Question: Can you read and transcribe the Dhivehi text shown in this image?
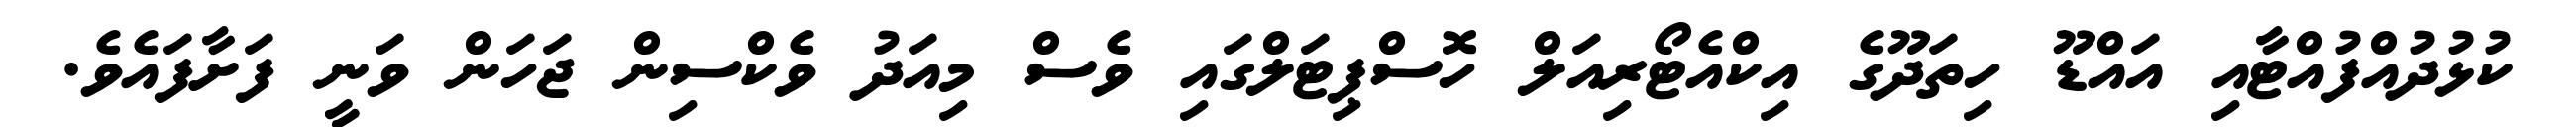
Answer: ކުޅުދުއްފުއްޓާއި އައްޑޫ ހިތަދޫގެ އިކްއެޓޯރިއަލް ހޮސްޕިޓަލްގައި ވެސް މިއަދު ވެކްސިން ޖަހަން ވަނީ ފަށާފައެވެ.